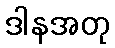
ဒါနအတု